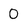
Character: 0